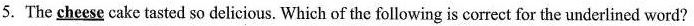
5. The \underline{cheese} cake tasted so delicious. Which of the following is correct for the underlined word?